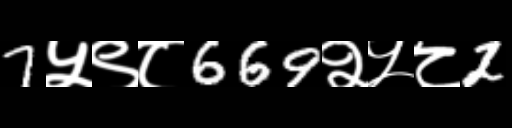
Text: 7५९८669२५८2